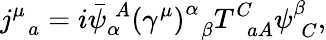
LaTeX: j_{\; \; a}^{\mu}=i\bar{\psi}_{\alpha}^{\; A}\left(\gamma^{\mu}\right)_{\; \; \beta}^{\alpha}T_{\; \; aA}^{C}\psi_{\; C}^{\beta},